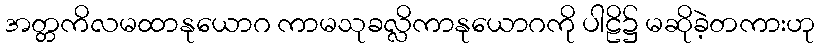
အတ္တကိလမထာနုယောဂ ကာမသုခလ္လိကာနုယောဂကို ပါဠိ၌ မဆိုခဲ့တကားဟု